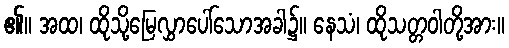
၏။ အထ၊ ထိုသို့မြေလွှာပေါ်သောအခါ၌။ နေသံ၊ ထိုသတ္တဝါတို့အား။